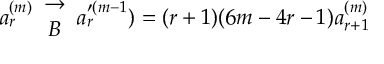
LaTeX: a _ { r } ^ { ( m ) } \begin{array} { c } { { \to } } \\ { { { \cal B } } } \end{array} a _ { r } ^ { \prime ( m - 1 } ) = ( r + 1 ) ( 6 m - 4 r - 1 ) a _ { r + 1 } ^ { ( m ) }